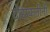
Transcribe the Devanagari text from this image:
टोसकनीनी